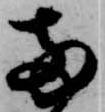
両